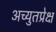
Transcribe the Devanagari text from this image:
अच्युतप्रेक्ष